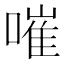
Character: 嗺